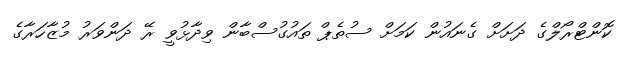
ކޮންޓްރޯލްގެ ދަށަށް ގެނައުން ކަމަށް ސުތެޕް ތައުގުސްބާން ވިދާޅުވީ ރޭ ދަންވަރު މުޒާހަރާގެ